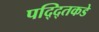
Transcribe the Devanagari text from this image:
पद्द्तिकडे